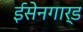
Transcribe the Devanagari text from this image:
ईसेनगार्ड